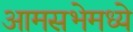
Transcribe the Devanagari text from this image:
आमसभेमध्ये